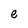
Character: e